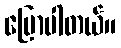
ပြောပါတယ်။